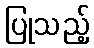
ပြုသည့်